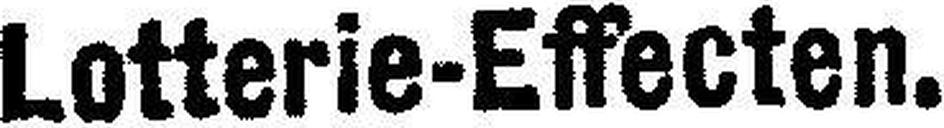
Lotterie-Effecten.